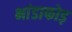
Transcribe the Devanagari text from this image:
भांडाफोड़